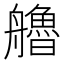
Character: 艪